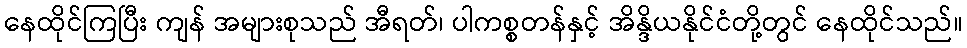
နေထိုင်ကြပြီး ကျန် အများစုသည် အီရတ်၊ ပါကစ္စတန်နှင့် အိန္ဒိယနိုင်ငံတို့တွင် နေထိုင်သည်။